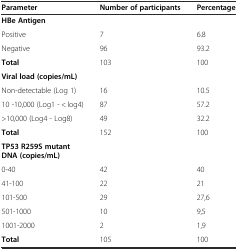
| Parameter | Number of participants | Percentage |
 | --- | --- | --- |
 | HBe Antigen |  |  |
 | Positive | 7 | 6.8 |
 | Negative | 96 | 93.2 |
 | Total | 103 | 100 |
 | Viral load (copies/mL) |  |  |
 | Non-detectable (Log 1) | 16 | 10.5 |
 | 10 -10,000 (Log1 - < log4) | 87 | 57.2 |
 | >10,000 (Log4 - Log8) | 49 | 32.2 |
 | Total | 152 | 100 |
 | TP53 R259S mutant DNA (copies/mL) |  |  |
 | 0-40 | 42 | 40 |
 | 41-100 | 22 | 21 |
 | 101-500 | 29 | 27,6 |
 | 501-1000 | 10 | 9,5 |
 | 1001-2000 | 2 | 1,9 |
 | Total | 105 | 100 |